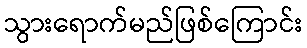
သွားရောက်မည်ဖြစ်ကြောင်း